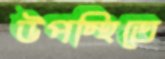
উপস্থিতে